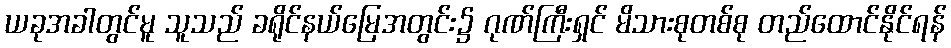
ယခုအခါတွင်မူ သူသည် ခရိုင်နယ်မြေအတွင်း၌ ဂုဏ်ကြီးရှင် မိသားစုတစ်စု တည်ထောင်နိုင်ရန်